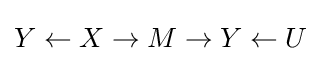
Y\leftarrow X\rightarrow M\rightarrow Y\leftarrow U